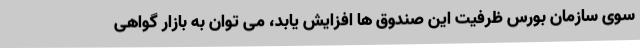
سوی سازمان بورس ظرفیت این صندوق ها افزایش یابد، می توان به بازار گواهی